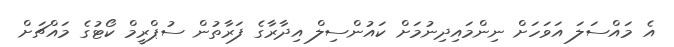
އެ މައްސަލަ އަވަހަށް ނިންމައިދިނުމަށް ކައުންސިލް އިދާރާގެ ފަރާތުން ސުޕްރީމް ކޯޓުގެ މައްޗަށް